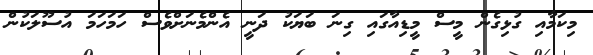
މިކަމާއި ގުޅިގެން މީސް މީޑިއާގައި ގިނަ ބަޔަކު ދަނީ އެންމެނަށްވެސް ހަމަހަމަ އުސޫލަކުން